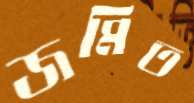
জমিত